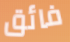
فائق